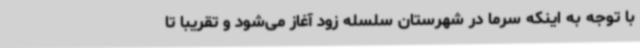
با توجه به اینکه سرما در شهرستان سلسله زود آغاز می‌شود و تقریباً تا